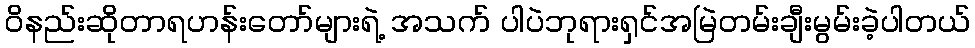
ဝိနည်းဆိုတာရဟန်းတော်များရဲ့ အသက် ပါပဲဘုရားရှင်အမြဲတမ်းချီးမွမ်းခဲ့ပါတယ်